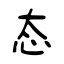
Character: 态